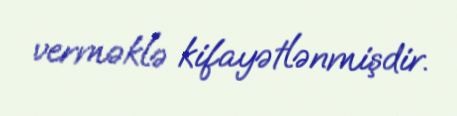
verməklə kifayətlənmişdir.